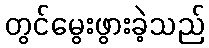
တွင်မွေးဖွားခဲ့သည်